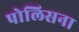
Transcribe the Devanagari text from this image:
पोलिसना